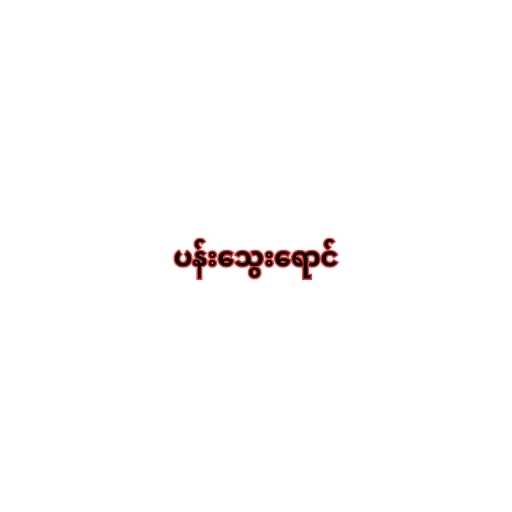
ပန်းသွေးရောင်